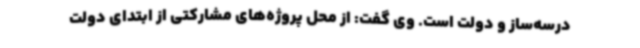
درسه‌ساز و دولت است. وی گفت: از محل پروژه‌های مشارکتی از ابتدای دولت